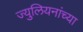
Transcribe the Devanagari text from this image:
ज्युलियनांच्या